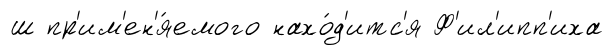
ш пр'им'ен'я́емого нахо́д'итс'я Ф'ил'ипп'иха